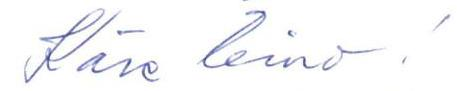
Käre Eino!